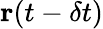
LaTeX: \mathbf{r}(t-\delta t)